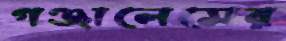
গঞ্জালেসের